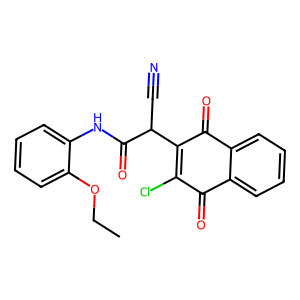
SMILES: CCOc1ccccc1NC(=O)C(C#N)C1=C(Cl)C(=O)c2ccccc2C1=O
Inhibits HIV replication: No